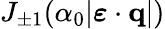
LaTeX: J_{\pm 1}(\alpha_{0}|\boldsymbol{\varepsilon}\cdot{\mathbf{q}}|)